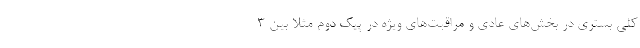
کلی بستری در بخش‌های عادی و مراقبت‌های ویژه در پیک دوم مثلا بین 3